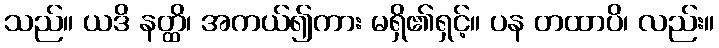
သည်။ ယဒိ နတ္ထိ၊ အကယ်၍ကား မရှိ၏ရှင့်။ ပန တထာပိ၊ လည်း။